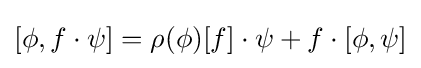
[\phi ,f\cdot \psi ]=\rho (\phi )[f]\cdot \psi +f\cdot [\phi ,\psi ]